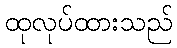
ထုလုပ်ထားသည်